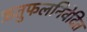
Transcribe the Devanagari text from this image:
ऋतुफलनिवेदित